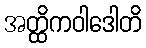
အတ္ထိကဝါဒေါတိ